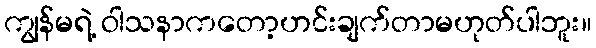
ကျွန်မရဲ့ ဝါသနာကတော့ဟင်းချက်တာမဟုတ်ပါဘူး။